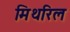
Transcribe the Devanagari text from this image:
मिथरिल